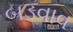
બડવાવ